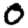
Digit: 0